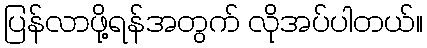
ပြန်လာဖို့ရန်အတွက် လိုအပ်ပါတယ်။